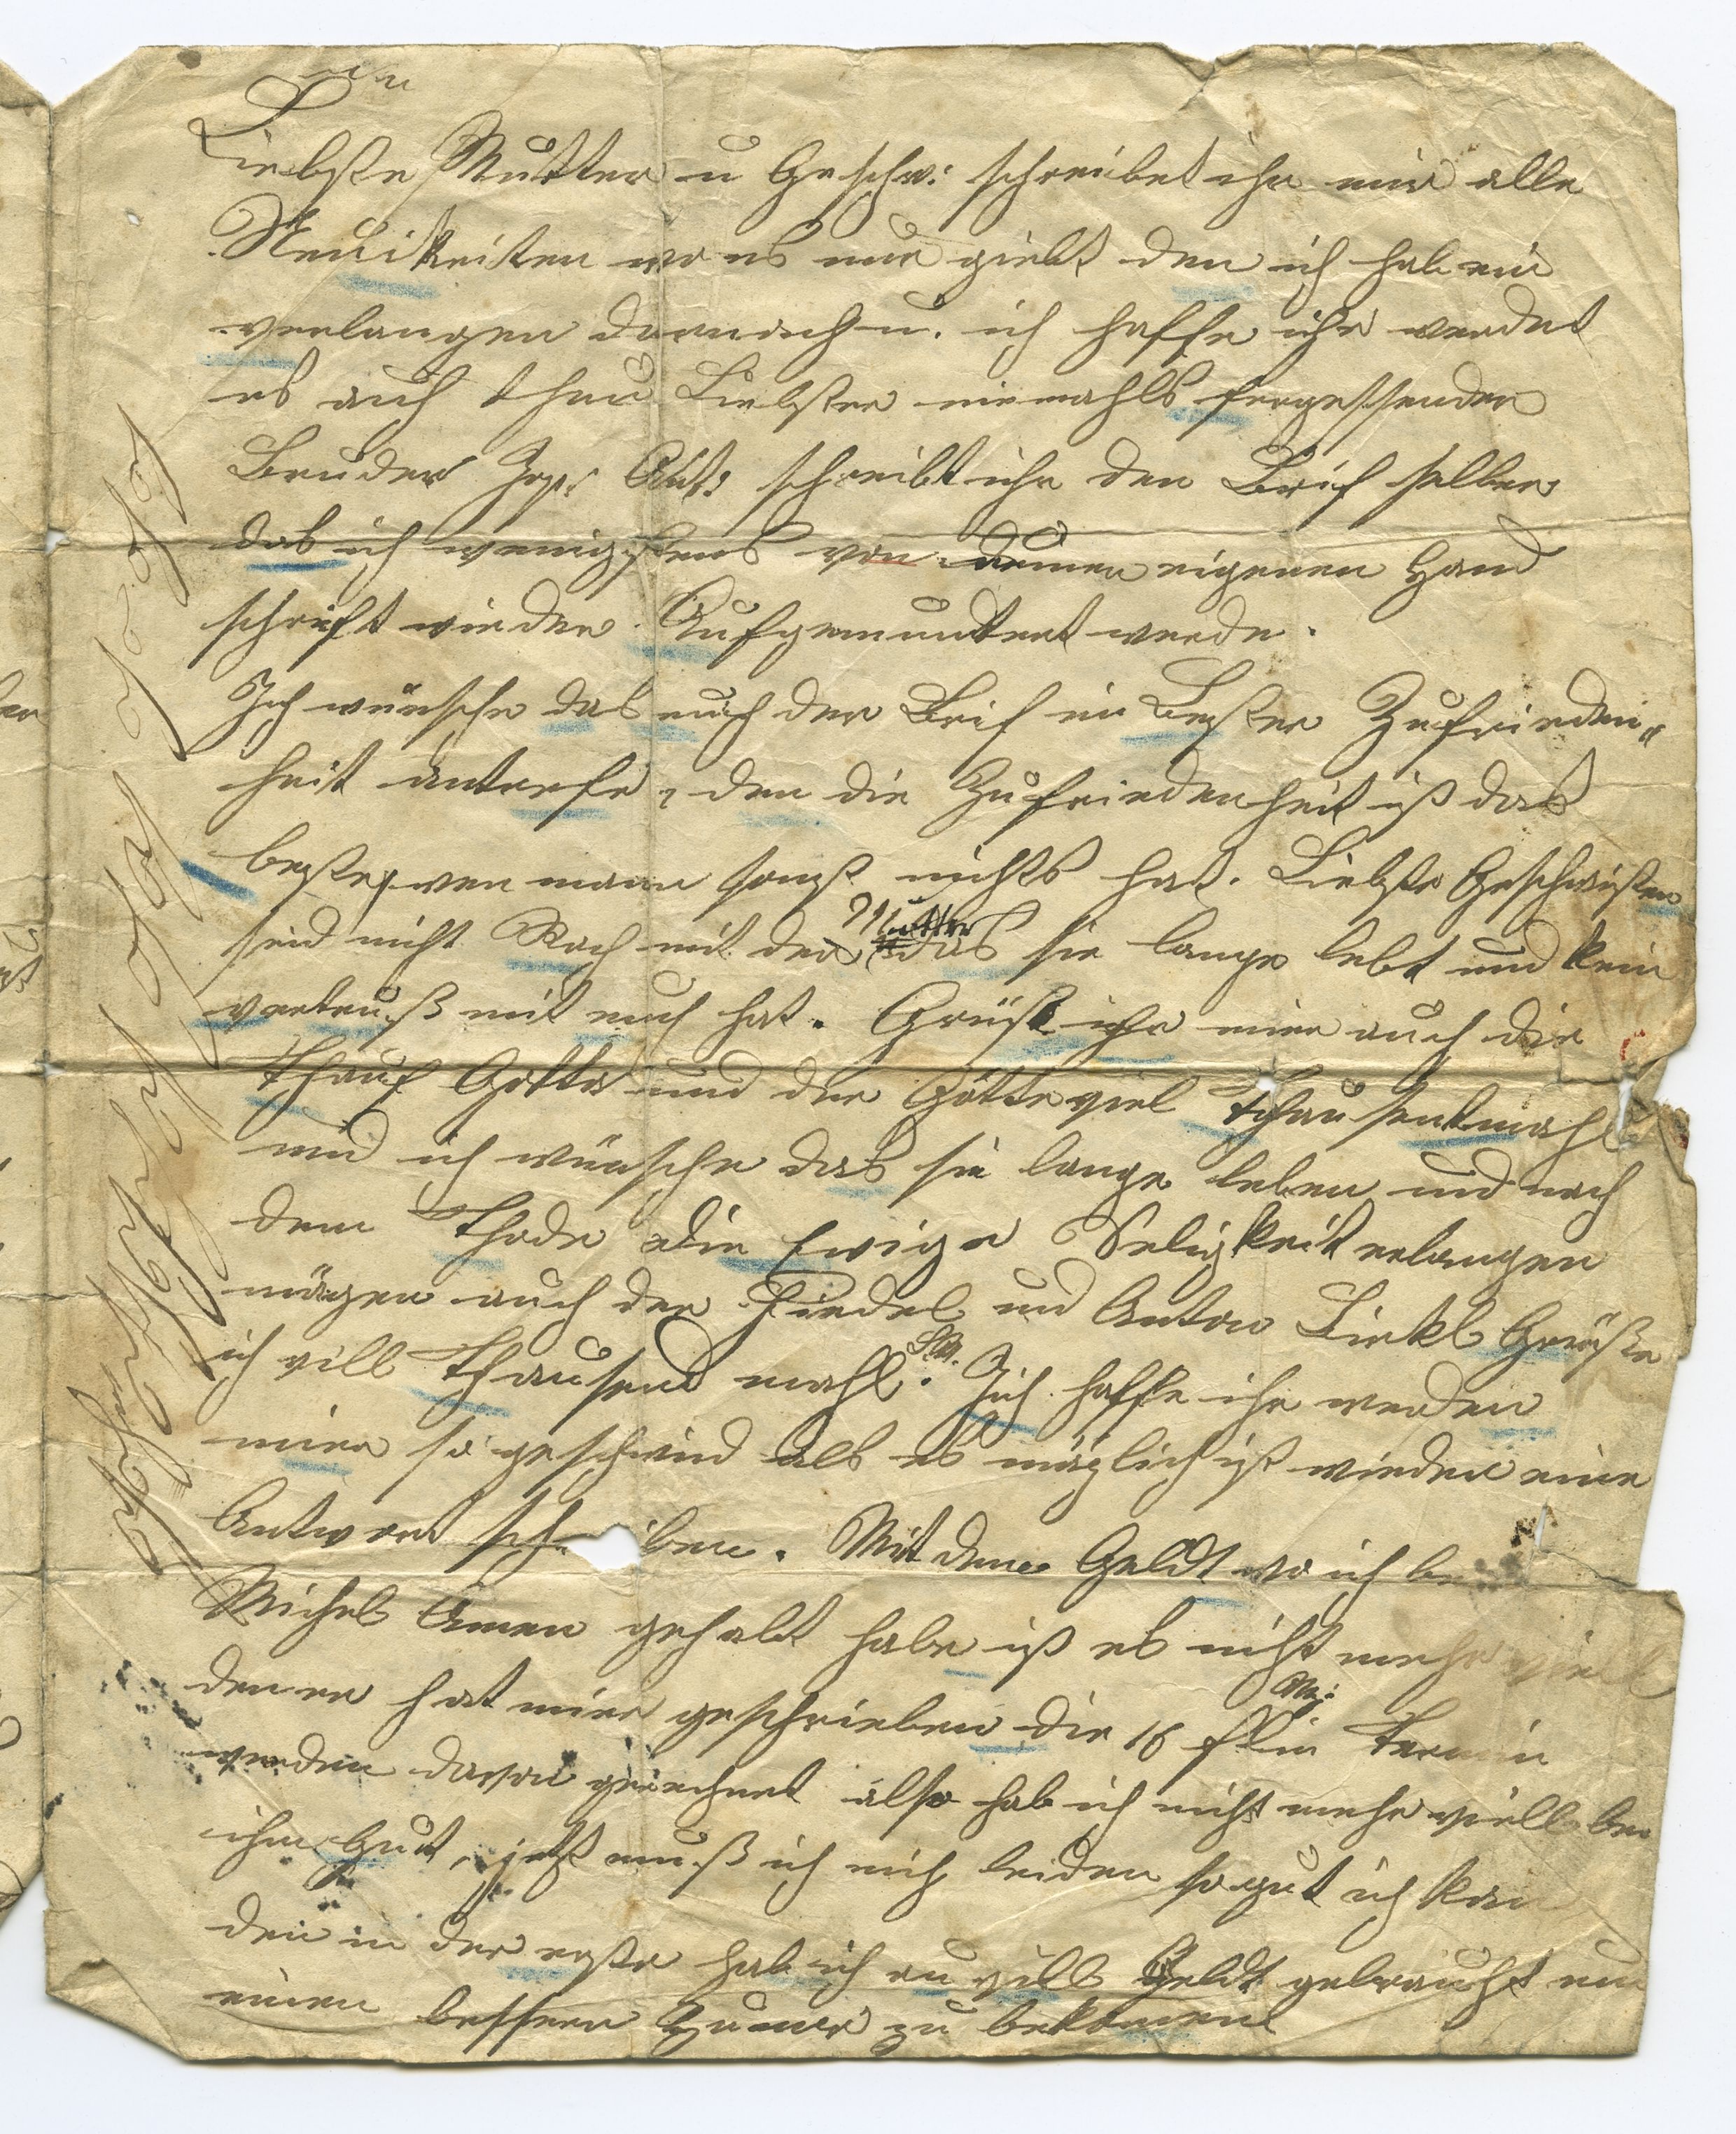
Liebste Mutter u. Geschw: schreibet ihr mir alle
Neuikeiten wo es nun giebt. Den ich habe ein
verlangen darnach u. ich hoffe ihr werdet
es auch thun. Liebster niemahls fergessenden
Bruder Jos. Ant: schreibt ihr den Brief selber
das ich wenigstens von dennen eigenen Hand
schrift wieder aufgemuntert werde.
Ich wünsche daß euch der Brief in bester Zufrieden¬
heit antrefe, den die Zufriedenheit ist das
beste wen man sonst nichts hat. Liebste Geschwister
seid nicht Rach mit der Mutter, das sie lange lebt und kein
vertruß mit euch hat. Grüßt ihr mier auch die
Thauf Gotte und den Götte viel thausendmahl
und ich wünsche das sie lange leben und nach
dem Thode die Ewige Seligkeit erlangen
mögen auch den Fiedel und Anton Liekl Grüße
ich viel thausend mahl. Ich hoffe ihr werden
mier so gschwind als es möglich ist wieder eine
Antwort schicken. Mit dem Geldt wo ich be
Michel Amen gehabt habe ist es nicht mehr viel
den er hat mier geschrieben die 16 flin Termin
werden davon gerechnet also hab ich nicht mehr vill bei
ihm gut, jetzt muß ich mich beiden so gut ich kan
den in der ersten hab ich zu vill Geldt gebraucht um
einen bessern Zumer zu bekomen